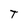
Character: T